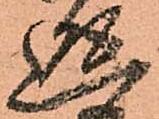
返